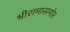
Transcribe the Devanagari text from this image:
श्रीरामासमोर